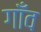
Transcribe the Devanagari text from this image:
गाँँव